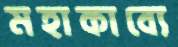
মহাকাব্যে